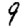
Digit: 9